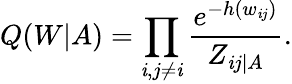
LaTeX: Q(W|A)=\prod_{\mathit{i},j\neq\mathit{i}}\frac{{e^{-h(w_{\mathit{i}j})}}}{{Z_{\mathit{i}j|A}}}.